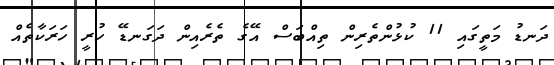
ދަނޑު މަތީގައި 11 ކުޅުންތެރިން ތިއްބަސް އޭގެ ތެރެއިން ދަގަނޑޭ ހުރީ ހަރަކާތެއް